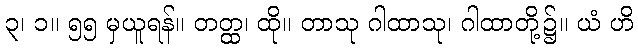
၃၊ ၁။ ၅၅ မှယူရန်။ တတ္ထ၊ ထို။ တာသု ဂါထာသု၊ ဂါထာတို့၌။ ယံ ဟိ